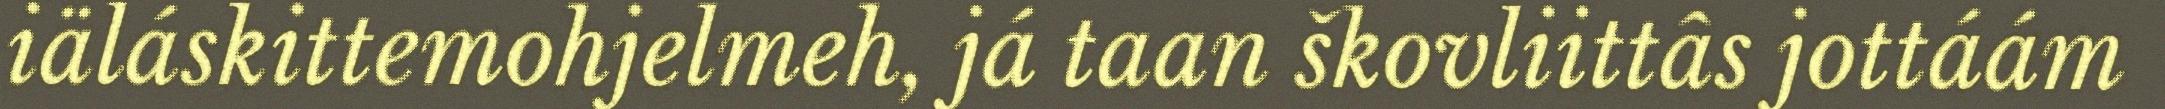
iäláskittemohjelmeh, já taan škovliittâs jottáám